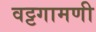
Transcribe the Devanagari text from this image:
वट्टगामणी